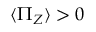
\langle \Pi _ { Z } \rangle > 0